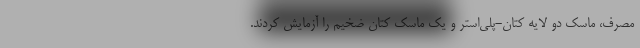
مصرف، ماسک دو لایه کتان-پلی‌استر و یک ماسک کتان ضخیم را آزمایش کردند.